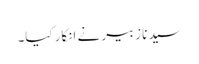
سیدنا زبیر نے انکار کیا۔